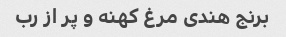
برنج هندی مرغ کهنه و پر از رب